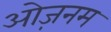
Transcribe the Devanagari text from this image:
ओज़नम